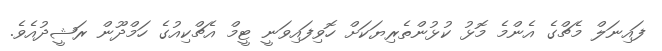
ފައިނަލް މެޗްގެ އެންމެ މޮޅު ކުޅުންތެރިޔަކަށް ހޮވިފައިވަނީ ޓީމް އެޗްކިއުގެ ހަމްދޫން ރަޝީދުއެވެ.